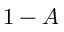
1 - A